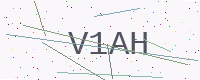
Text: V1AH